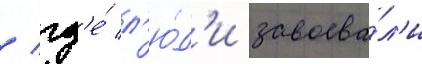
/ гд'е́ л'ю́д'и завоева́л'и